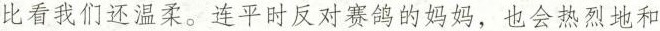
比看我们还温柔。连平时反对赛鸽的妈妈，也会热烈地和